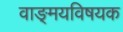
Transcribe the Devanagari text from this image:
वाङ्‌मयविषयक